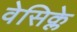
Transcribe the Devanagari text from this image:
वेसिक्ले